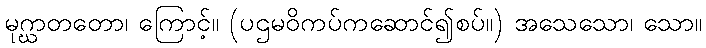
မုဂ္ဃာတတော၊ ကြောင့်။ (ပဌမဝိကပ်ကဆောင်၍စပ်။) အသေသော၊ သော။